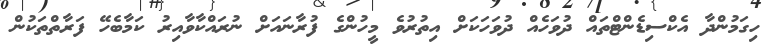
ހިގަމުންދާ އެކްސިޑެންޓްތައް ދުވަހެއް ދުވަހަކަށް އިތުރުވެ މީހުންގެ ފުރާނައަށް ނުރައްކާވާއިރު ކަމާބެހޭ ފަރާތްތަކުން